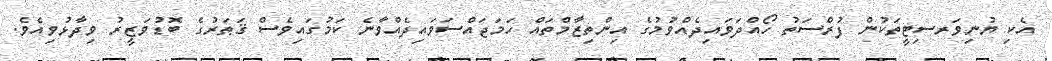
އެކި ޔުނިވަރސިޓީތަކުން ފުރްސަތު ހޯއްދަވައިދެއްވުމުގެ އިންތިޒާމްތައް ހަމަޖައްސަވައިދެއްވާނެ ކަމުގައިވެސް ޤަޠަރުގެ ބޮޑުވަޒީރު ވިދާޅުވިއެވެ.